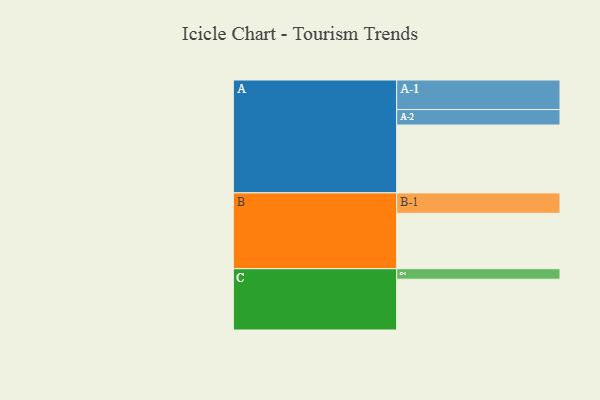
{"axis": {"x": "Segment", "y": "Value"}, "legend": ["", "A", "B", "C"], "data": [{"x": "A", "y": 588, "type": ""}, {"x": "B", "y": 480, "type": ""}, {"x": "C", "y": 440, "type": ""}, {"x": "A-1", "y": 256, "type": "A"}, {"x": "A-2", "y": 134, "type": "A"}, {"x": "B-1", "y": 177, "type": "B"}, {"x": "C-1", "y": 91, "type": "C"}]}